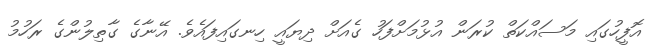
އޮފީހުގައި މަސައްކަތް ކުރަން އުޅުމަށްފަހު ގެއަށް ދިޔައީ ހިނގައިފައެވެ. އޭނާގެ ގާތިލުންގެ ރަހުމު